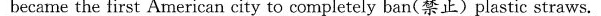
became the first American city to completely ban(禁止)plastic straws.